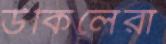
উকিলেরা